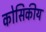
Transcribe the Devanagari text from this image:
कोसिकीय